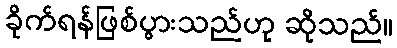
ခိုက်ရန်ဖြစ်ပွားသည်ဟု ဆိုသည်။